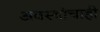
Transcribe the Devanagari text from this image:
अवस्थांचाही